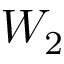
W _ { 2 }